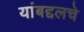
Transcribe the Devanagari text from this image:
यांबद्दलचे